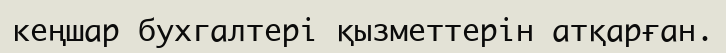
кеңшар бухгалтері қызметтерін атқарған.